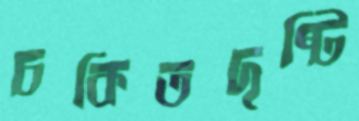
চকিতদৃষ্টি